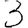
Digit: 3